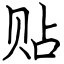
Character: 贴